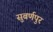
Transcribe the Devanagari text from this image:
सुबर्णपुर